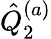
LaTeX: {\hat{Q}}_{2}^{(a)}